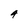
Character: 4